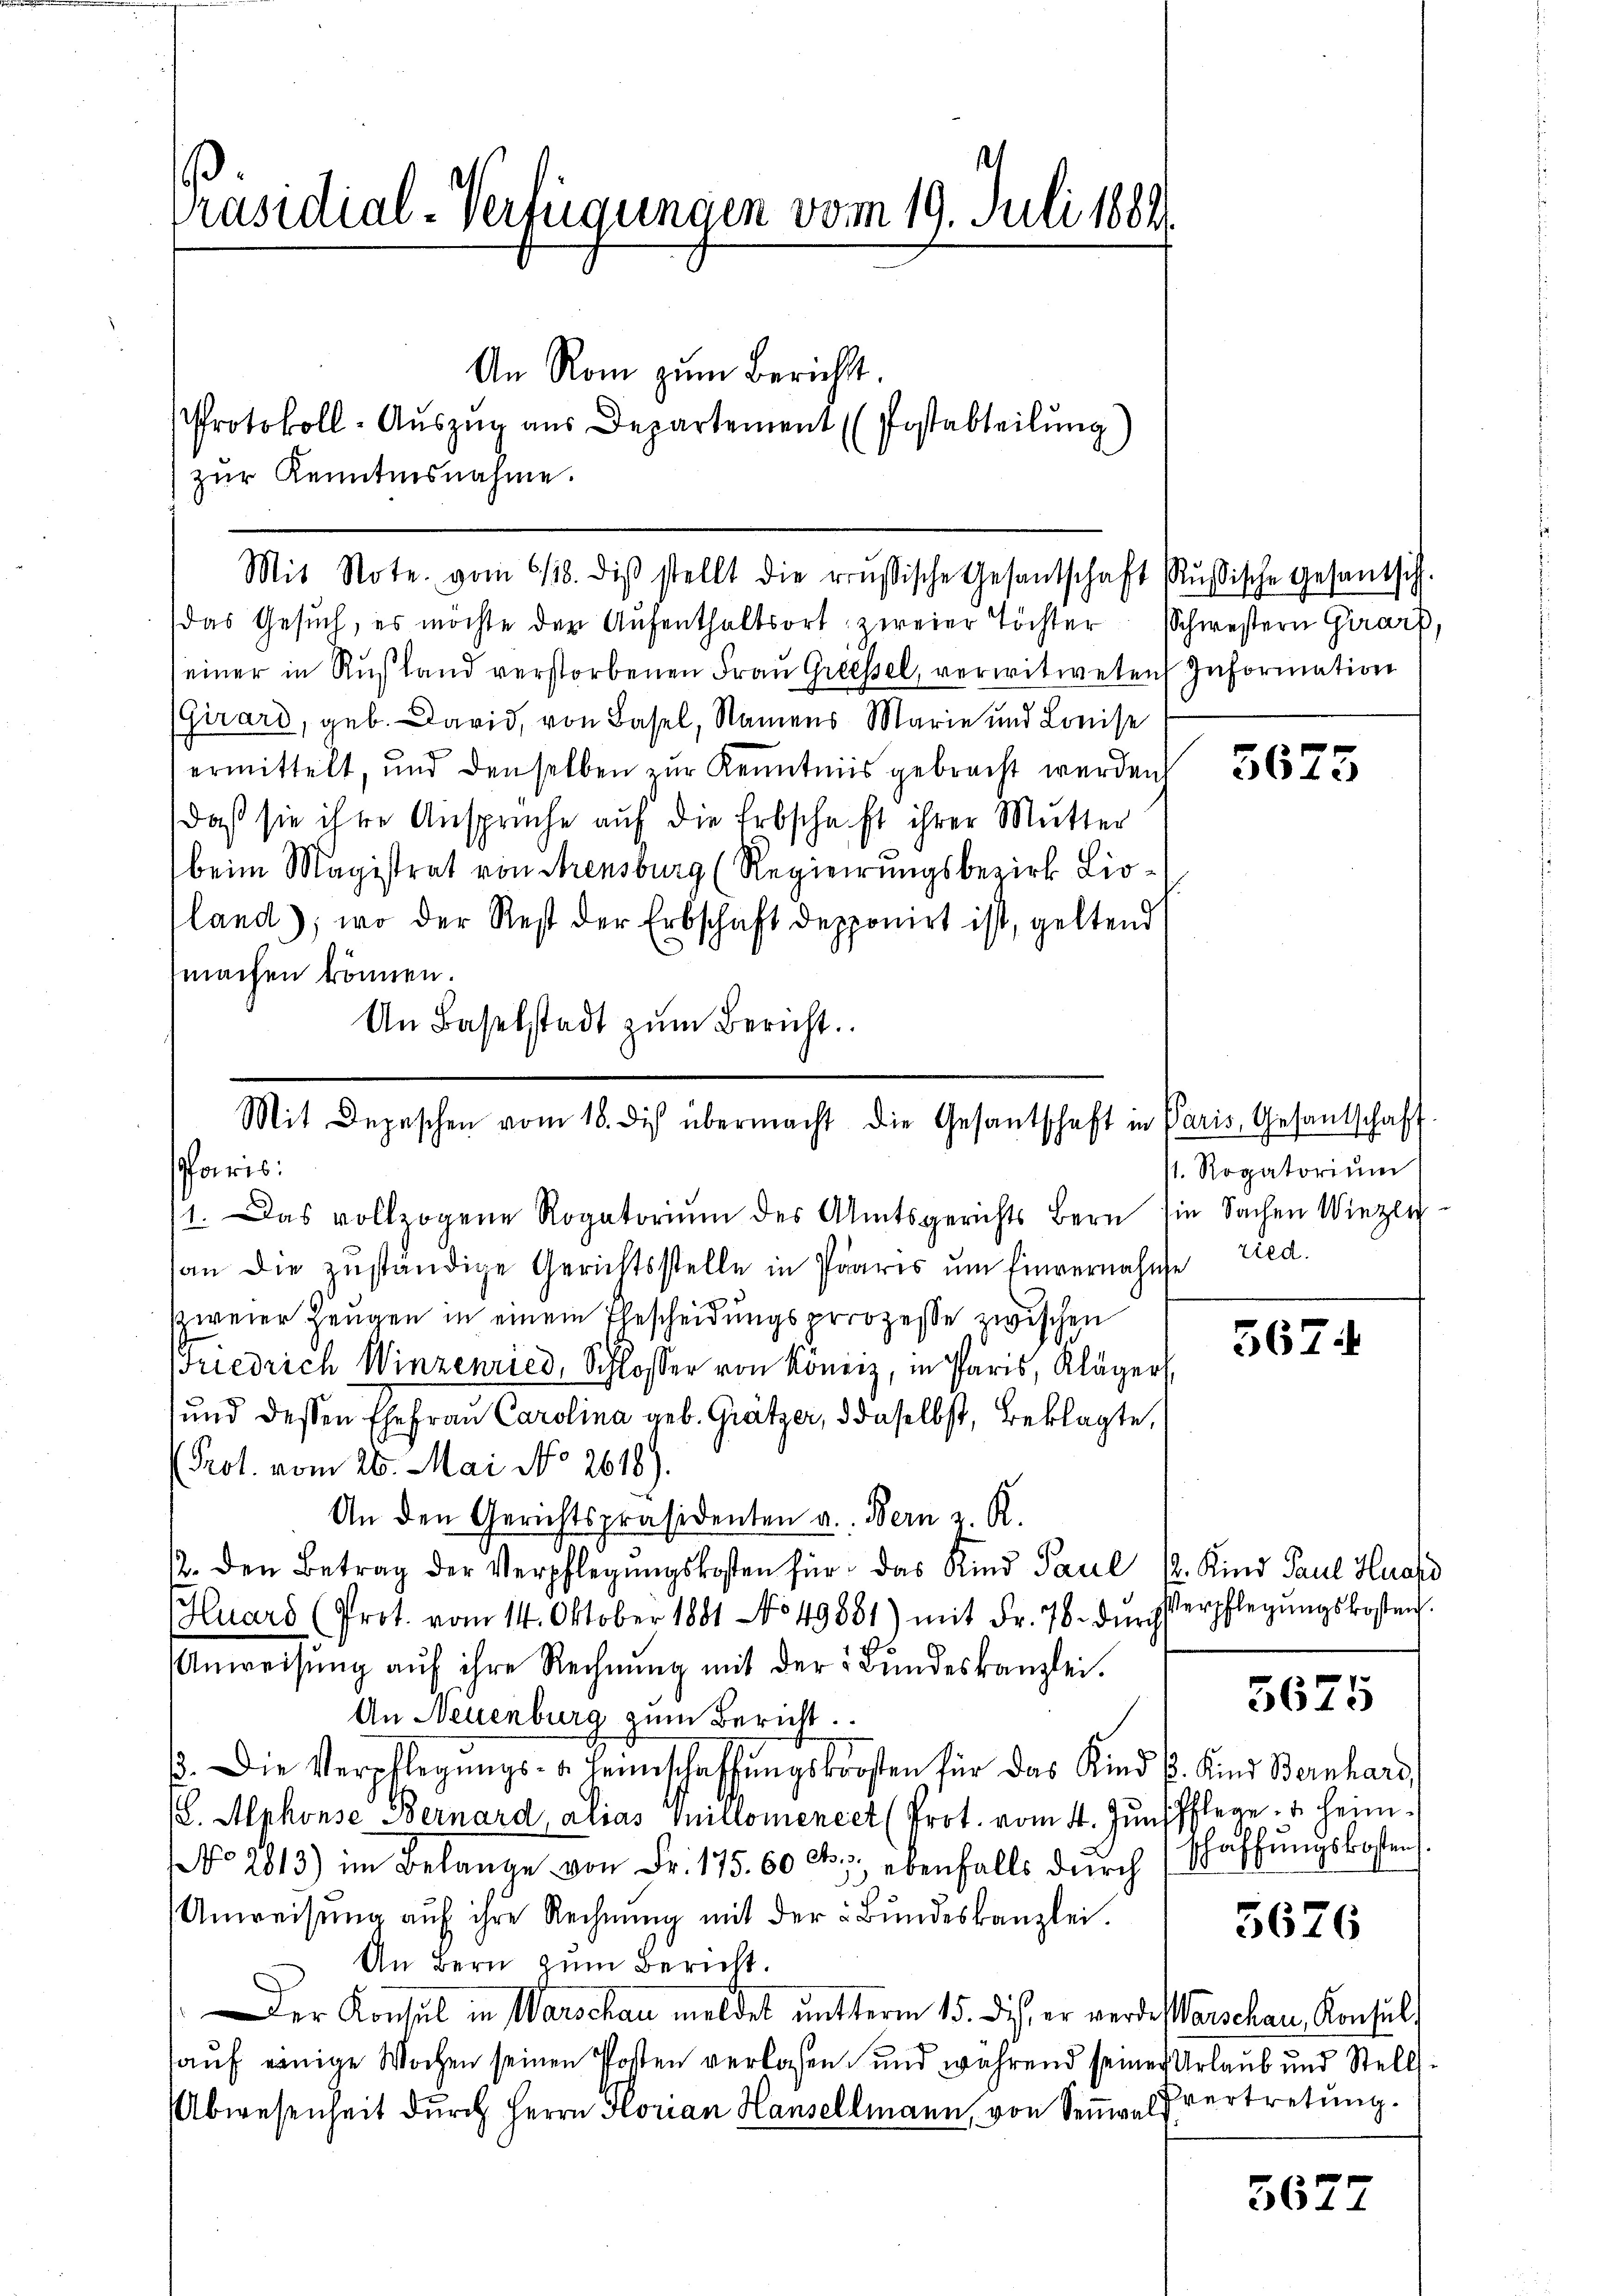
Präsidial-Verfügungen vom 19. Juli 1889.

zŭr Kenntnisnahme.
einer in Rußland verstorbenen Frau Griessel, verwitweten
(Girard, geb. David, von Basel, Namens Marie und Kreise
ermittelt, und denselben zur Kenntnis gebracht werden.
daß sie ihre Ansprüche auf die Erbschaft ihrer Mutter
beim Magistrat von Arensburg (Regierungsbezirk Lioland), wo der Rest der Erbschaft depponirt ist, geltend
machen können.
An Baselstadt zŭm Bericht.

An Rom zum Bericht.
Protokoll-Auszug aus Departement (Postabteilung

Mit Note vom 6/18. diβ stellt die russische Gesantschaft Rŭsische Gesantsch.
das Gesŭch, es möchte der Aŭfenthaltsort zweier Töchter Schwestern Girard,

Mit Depeschen vom 18. des übermacht die Gesantschaft in
Paris

11. Das vollzogene Rogatoriŭm des Amtsgerichts Bern die Sachen Wiezli
an die zŭständige Gerichtsstelle in Paris ŭm Einvernahme Lied.
szweier Zeugen in einem Ehescheidungsprozesse zwischen
Friedrich Winzenried, Schlosser von Köniz, in Paris, Kläger
und dessen Ehefrau Carolina geb. Grätzer, d daselbst, Beklagte,
Prot. vom 26. Mai No 2618).
An den Gerichtspräsidenten a. Bern z. R.
12. den Betrag der Verpflegŭngskosten für das Kind Paul (2. Kind Paul Huard
Huars (Prot. vom 14. Oktober 1881 No 49881) mit Fr. 78. dŭrch
Anweisŭng aŭf ihre Rechnŭng mit der Bŭndeskanzlei.
An Neuenburg zum Bericht.
. Die Verpflegŭngs- u. Heimschaffŭngskosten für das Kind E. Kind Bernhard
(L. Alphonse Bernard, alias Millomencet (Prot. vom 4. Junspflege u. heim¬
No 2813) im Belange von Fr. 175. 60 Cts. ebenfalls dŭrch schaffŭngskosten.
Anweisung auf ihre Rechnung mit der Bundeskanzlei.
An Bern zum Bericht.
Der Konsul in Warschau meldet unterm 15. dies, er werde Vorschau, Konsul
auf einige Wochen seinen Posten verlassen und während seiner Urlaub und Stell
Abwesenheit dŭrch Herrn Florian Hansellmann, von Semesvertretung.

Information

Paris, Gesantschaff
st. Rogatorium

Verpflegungskosten.

5625

5674

5675

5676

5677